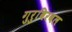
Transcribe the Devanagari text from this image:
गुरुबिरबल